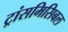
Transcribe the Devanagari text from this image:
ट्रांसमिसिबल